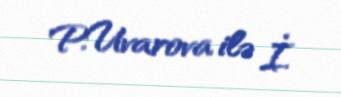
P.Uvarova ilə İ.